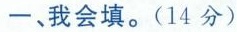
一、我会填。(14分)